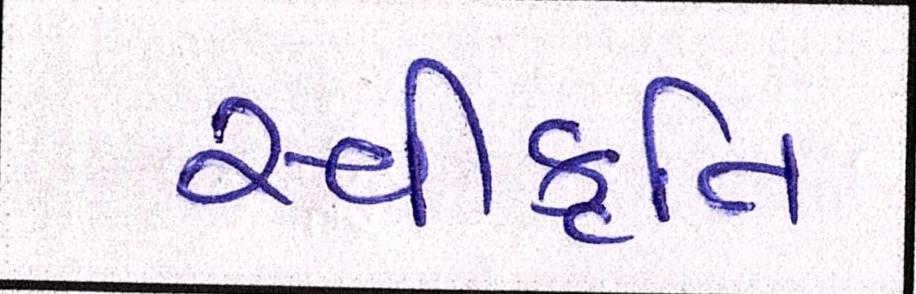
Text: સ્વીકૃતિ